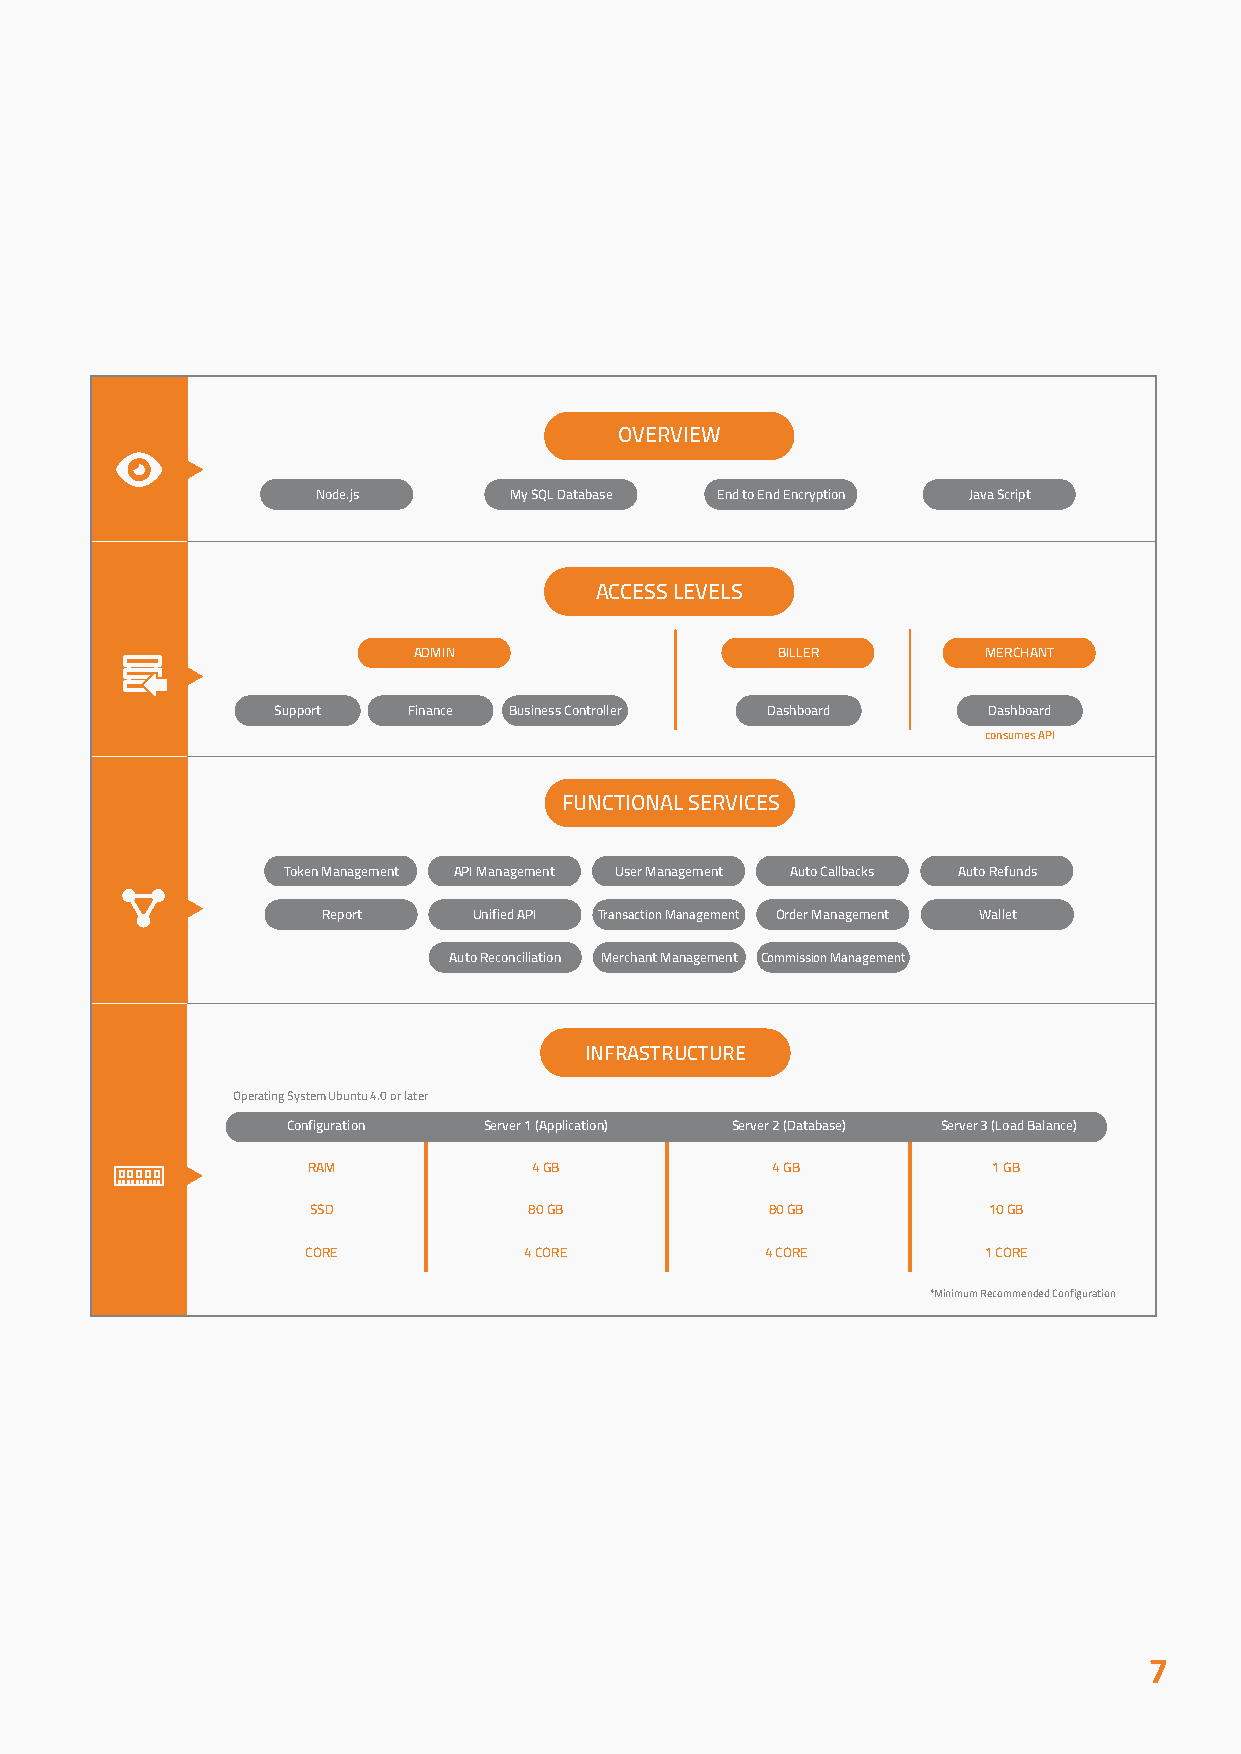
OVERVIEW
 Node.js      My SQL Database End to End Encryption Java Script
 ACCESS LEVELS
 ADMIN                   BILLER        MERCHANT
 Support  Finance Business Controller Dashboard Dashboard
 consumes API
 FUNCTIONAL SERVICES
 Token Management API Management User Management Auto Callbacks Auto Refunds
 Report    Unified API Transaction Management Order Management Wallet
 Auto Reconciliation Merchant Management Commission Management
 INFRASTRUCTURE
 Operating System Ubuntu 4.0 or later
 Configuration Server 1 (Application) Server 2 (Database) Server 3 (Load Balance)
 RAM            4 GB            4 GB           1 GB
 SSD            80 GB           80 GB         10 GB
 CORE           4 CORE          4 CORE        1 CORE
 *Minimum Recommended Configuration
 7